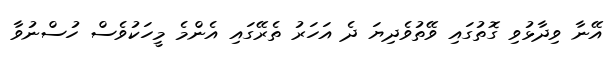
އޭނާ ވިދާޅުވި ގޮތުގައި ވޭތުވެދިޔަ ދެ އަހަރު ތެރޭގައި އެންމެ މީހަކުވެސް ހުސްނުވާ